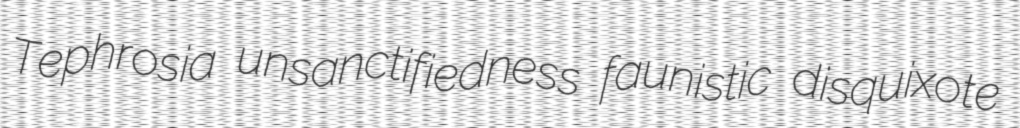
Tephrosia unsanctifiedness faunistic disquixote